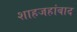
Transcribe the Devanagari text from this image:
शाहजहांबाद